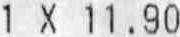
1 X 11.90